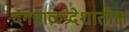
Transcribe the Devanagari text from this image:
दगडाळप्रदेशातील